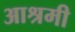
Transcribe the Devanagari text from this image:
आश्रमी